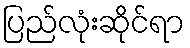
ပြည်လုံးဆိုင်ရာ